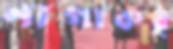
নাগাকর্